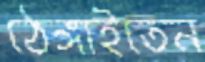
ঠেঙ্গাইতেন